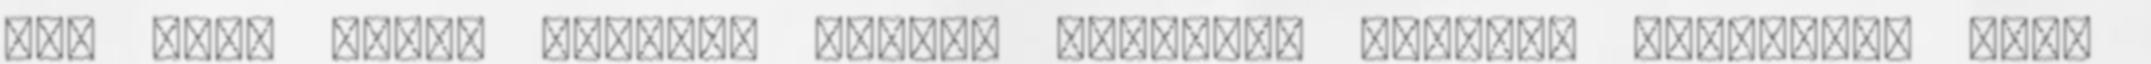
One Tree Hill, Fringe, Grey's Anatomy, Private Practice, CSI,